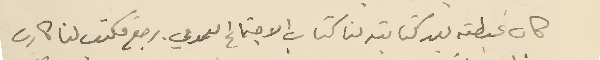
كان غبطته بعد كتابته لنا كتاب الاجتماع العمومي. رجع فكتب لنا كارت